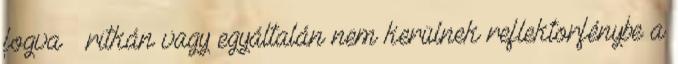
fogva – ritkán vagy egyáltalán nem kerülnek reflektorfénybe a